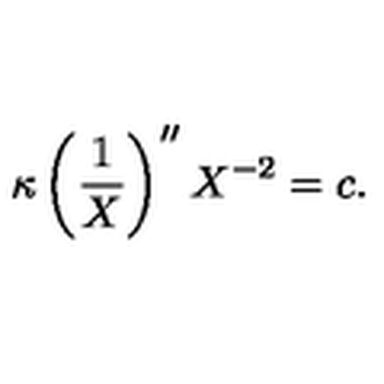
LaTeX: \kappa \left( \frac { 1 } { X } \right) ^ { \prime \prime } X ^ { - 2 } = c .